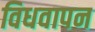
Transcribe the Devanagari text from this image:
विधवापन